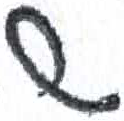
אות: ש